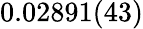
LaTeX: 0.02891(43)